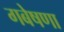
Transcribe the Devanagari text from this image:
गबेषणा